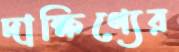
দাক্ষিণ্যের